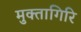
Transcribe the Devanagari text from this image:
मुक्तागिरि